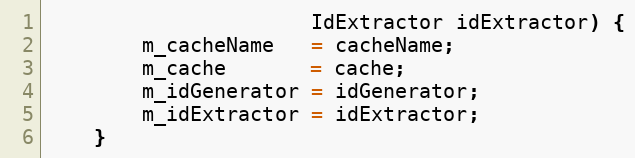
Language: Java
                      IdExtractor idExtractor) {
        m_cacheName   = cacheName;
        m_cache       = cache;
        m_idGenerator = idGenerator;
        m_idExtractor = idExtractor;
    }